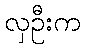
လှဦးက